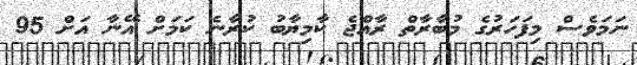
ނަމަވެސް މިފަހަރުގެ މުބާރާތް ރާއްޖެ ކާމިޔާބު ކުރާނެ ކަމަށް އޭނާ އަށް 95